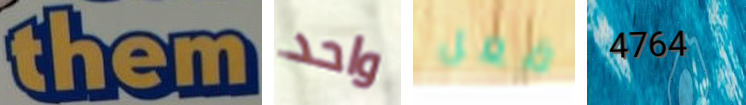
them واحد فعل 4764